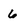
Character: 6